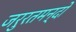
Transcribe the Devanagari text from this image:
जरुरतमन्दो